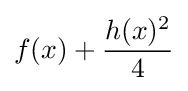
f(x)+{\frac {h(x)^{2}}{4}}